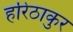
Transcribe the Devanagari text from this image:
हरिठाकुर